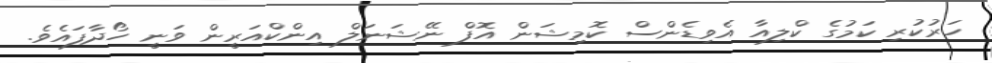
ހަރުކުރި ކަމުގެ ކްލިއާ އެވިޑެންސް ކޮމިޝަން އޮފް ނޭޝަނަލް އިންކްއަރީން ވަނީ ހޯދާފައެވެ.